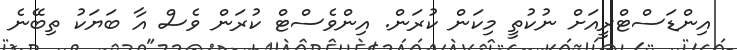
އިންޑަސްޓްރީއަށް ނުކުތީ މިކަން ކުރަން. އިންވެސްޓް ކުރަން ވެސް އާ ބަޔަކު ތިބޭނެ